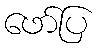
ဖော်ပြ